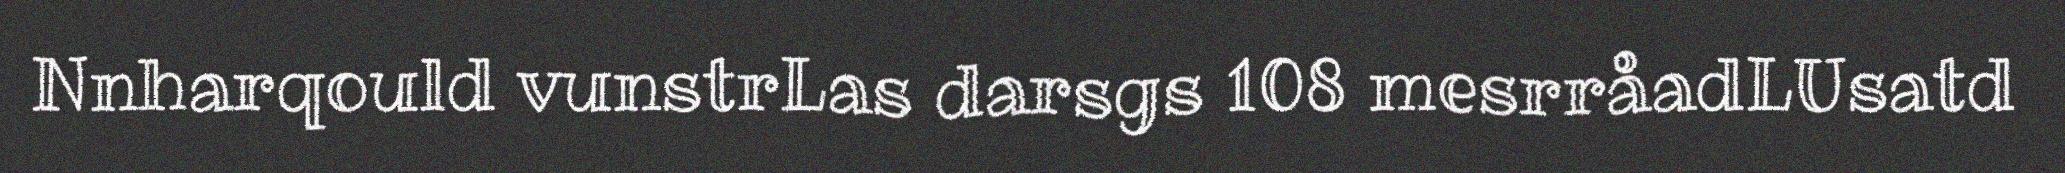
Nnharqould vunstrLas darsgs 108 mesrråadLUsatd